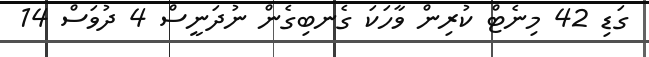
ގަޑި 42 މިނެޓް ކުރިން ވާހަކަ ގެނބިގެންް ނުދަނީސްް 4 ދުވަސް 14